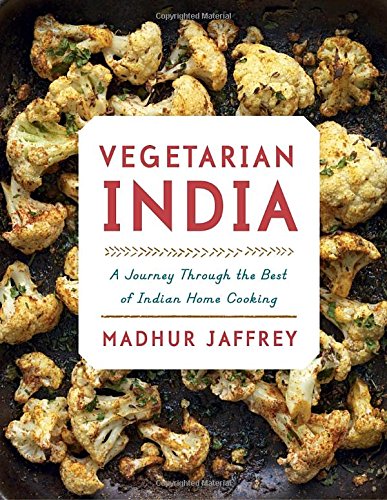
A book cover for Vegetarian India: A Journey Through the Best of Indian Home Cooking; Madhur Jaffrey; Cookbooks, Food & Wine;